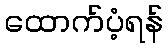
ထောက်ပံ့ရန်